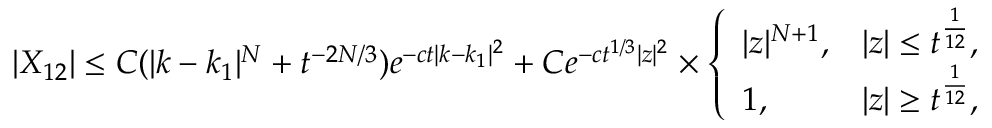
\begin{array} { r } { | X _ { 1 2 } | \leq C ( | k - k _ { 1 } | ^ { N } + t ^ { - 2 N / 3 } ) e ^ { - c t | k - k _ { 1 } | ^ { 2 } } + C e ^ { - c t ^ { 1 / 3 } | z | ^ { 2 } } \times \left\{ \begin{array} { l l } { | z | ^ { N + 1 } , } & { | z | \leq t ^ { \frac { 1 } { 1 2 } } , } \\ { 1 , } & { | z | \geq t ^ { \frac { 1 } { 1 2 } } , } \end{array} \right. } \end{array}